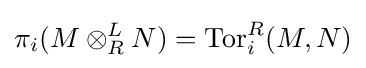
\pi _{i}(M\otimes _{R}^{L}N)=\operatorname {Tor} _{i}^{R}(M,N)